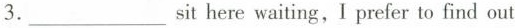
3.___ sit here waiting,I prefer to find out